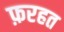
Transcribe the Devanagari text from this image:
फ़रहत